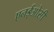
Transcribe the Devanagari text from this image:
एनईओसी